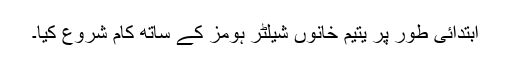
ابتدائی طور پر یتیم خانوں شیلٹر ہومز کے ساتھ کام شروع کیا۔